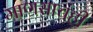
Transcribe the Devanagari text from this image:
माणसाचंही